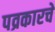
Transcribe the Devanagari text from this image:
पव्रकारचे